Civil Veterinary Dept. Bombay admin report 1923-31 - 1923-1931
Year: 1923
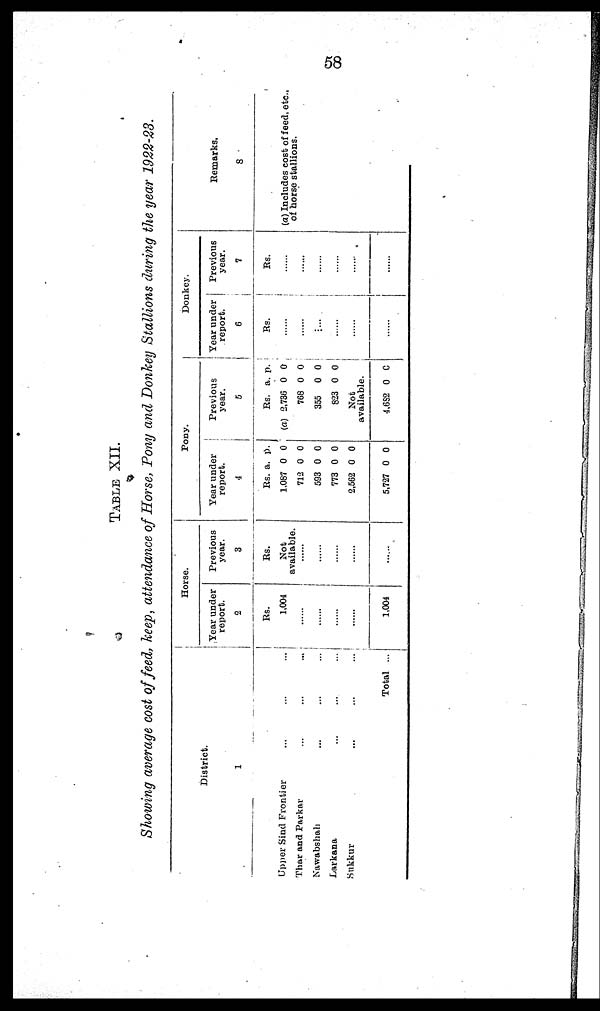
58
TABLE
XII.
Showing average cost of feed, keep, attendance of Horse, Pony and Donkey Stallions during the year 1922-28.
District.
1
Upper Sind Frontier ... ... ...
Thar and Parkar ... ... ...
Nawabshah
Larkana ... ... ...
Sukkur ... ... ...
Total ...
Horse.
Year under
report.
2
Rs.
1,004
......
......
......
......
1,004
Previous
year.
3
Rs.
Not
available.
.....
.....
.....
......
......
Pony.
Year under
report.
4
Rs.
1,087
712
593
773
2,562
5,727
a.
0
0
0
0
0
0
p.
0
0
0
0
0
0
Previous
year.
5
Rs.
(a) 2,736
768
355
823
Not
available.
4,682
a.
0
0
0
0
0
p.
0
0
0
0
0
Donkey.
Year under
report.
6
Rs.
......
......
......
......
.....
......
Previous
year.
7
Rs.
......
......
......
......
......
......
Remarks.
8
(a) Includes cost of feed, etc.,
of horse stallions.